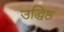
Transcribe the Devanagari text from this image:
उद्धिष्ठ